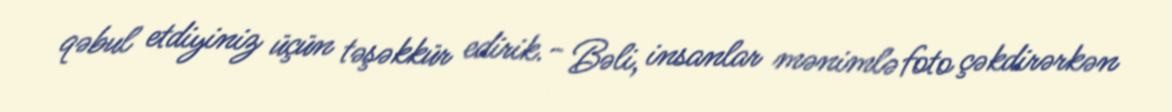
qəbul etdiyiniz üçün təşəkkür edirik.- Bəli, insanlar mənimlə foto çəkdirərkən